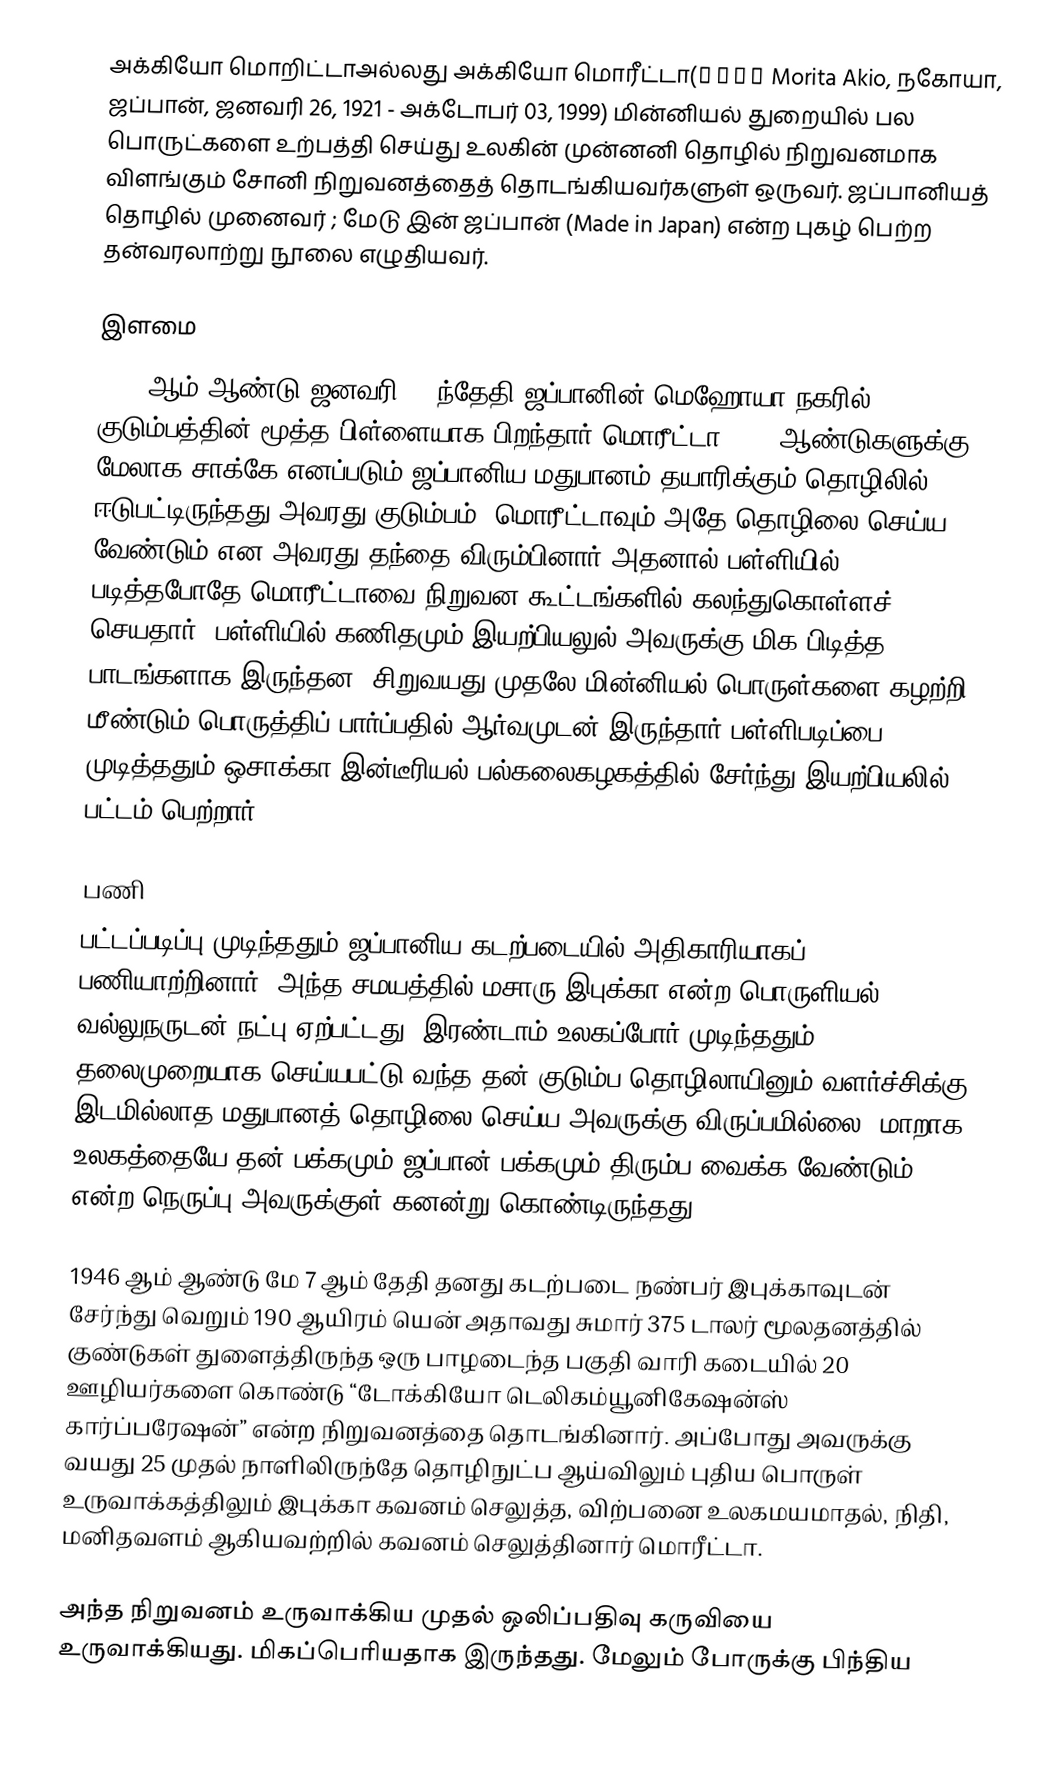
அக்கியோ மொறிட்டாஅல்லது அக்கியோ மொரீட்டா(盛田昭夫 Morita Akio, நகோயா, ஜப்பான், ஜனவரி 26, 1921 - அக்டோபர் 03, 1999) மின்னியல் துறையில் பல பொருட்களை உற்பத்தி செய்து உலகின் முன்னனி தொழில் நிறுவனமாக விளங்கும் சோனி நிறுவனத்தைத் தொடங்கியவர்களுள் ஒருவர். ஜப்பானியத் தொழில் முனைவர் ;  மேடு இன் ஜப்பான் (Made in Japan) என்ற புகழ் பெற்ற தன்வரலாற்று நூலை எழுதியவர்.

இளமை
1921 ஆம் ஆண்டு ஜனவரி 26 ந்தேதி ஜப்பானின் மெஹோயா நகரில் குடும்பத்தின் மூத்த பிள்ளையாக பிறந்தார் மொரீட்டா. 400 ஆண்டுகளுக்கு மேலாக சாக்கே எனப்படும் ஜப்பானிய மதுபானம் தயாரிக்கும் தொழிலில் ஈடுபட்டிருந்தது அவரது குடும்பம். மொரீட்டாவும் அதே தொழிலை செய்ய வேண்டும் என அவரது தந்தை விரும்பினார்  அதனால் பள்ளியில் படித்தபோதே மொரீட்டாவை நிறுவன கூட்டங்களில் கலந்துகொள்ளச் செயதார்.  பள்ளியில் கணிதமும் இயற்பியலுல் அவருக்கு மிக பிடித்த பாடங்களாக இருந்தன. சிறுவயது முதலே மின்னியல் பொருள்களை கழற்றி மீண்டும் பொருத்திப் பார்ப்பதில் ஆர்வமுடன் இருந்தார்.பள்ளிபடிப்பை முடித்ததும் ஒசாக்கா இன்டீரியல் பல்கலைகழகத்தில் சேர்ந்து இயற்பியலில் பட்டம் பெற்றார்.

பணி
பட்டப்படிப்பு முடிந்ததும் ஜப்பானிய கடற்படையில் அதிகாரியாகப் பணியாற்றினார். அந்த சமயத்தில் மசாரு இபுக்கா என்ற பொருளியல் வல்லுநருடன் நட்பு ஏற்பட்டது. இரண்டாம் உலகப்போர் முடிந்ததும் 14 தலைமுறையாக செய்யபட்டு வந்த தன் குடும்ப தொழிலாயினும்  வளர்ச்சிக்கு இடமில்லாத மதுபானத் தொழிலை செய்ய அவருக்கு விருப்பமில்லை. மாறாக உலகத்தையே தன் பக்கமும் ஜப்பான் பக்கமும் திரும்ப வைக்க வேண்டும் என்ற நெருப்பு அவருக்குள் கனன்று கொண்டிருந்தது.

1946 ஆம் ஆண்டு மே 7 ஆம் தேதி தனது கடற்படை நண்பர் இபுக்காவுடன் சேர்ந்து வெறும் 190 ஆயிரம் யென் அதாவது சுமார் 375 டாலர் மூலதனத்தில் குண்டுகள் துளைத்திருந்த ஒரு பாழடைந்த பகுதி வாரி கடையில் 20 ஊழியர்களை கொண்டு “டோக்கியோ டெலிகம்யூனிகேஷன்ஸ் கார்ப்பரேஷன்” என்ற நிறுவனத்தை தொடங்கினார். அப்போது அவருக்கு வயது 25  முதல் நாளிலிருந்தே தொழிநுட்ப ஆய்விலும் புதிய பொருள் உருவாக்கத்திலும் இபுக்கா கவனம் செலுத்த, விற்பனை உலகமயமாதல், நிதி, மனிதவளம் ஆகியவற்றில் கவனம் செலுத்தினார் மொரீட்டா.

அந்த நிறுவனம் உருவாக்கிய முதல் ஒலிப்பதிவு கருவியை உருவாக்கியது. மிகப்பெரியதாக இருந்தது. மேலும் போருக்கு பிந்திய